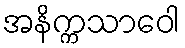
အနိက္ကသာဝေါ